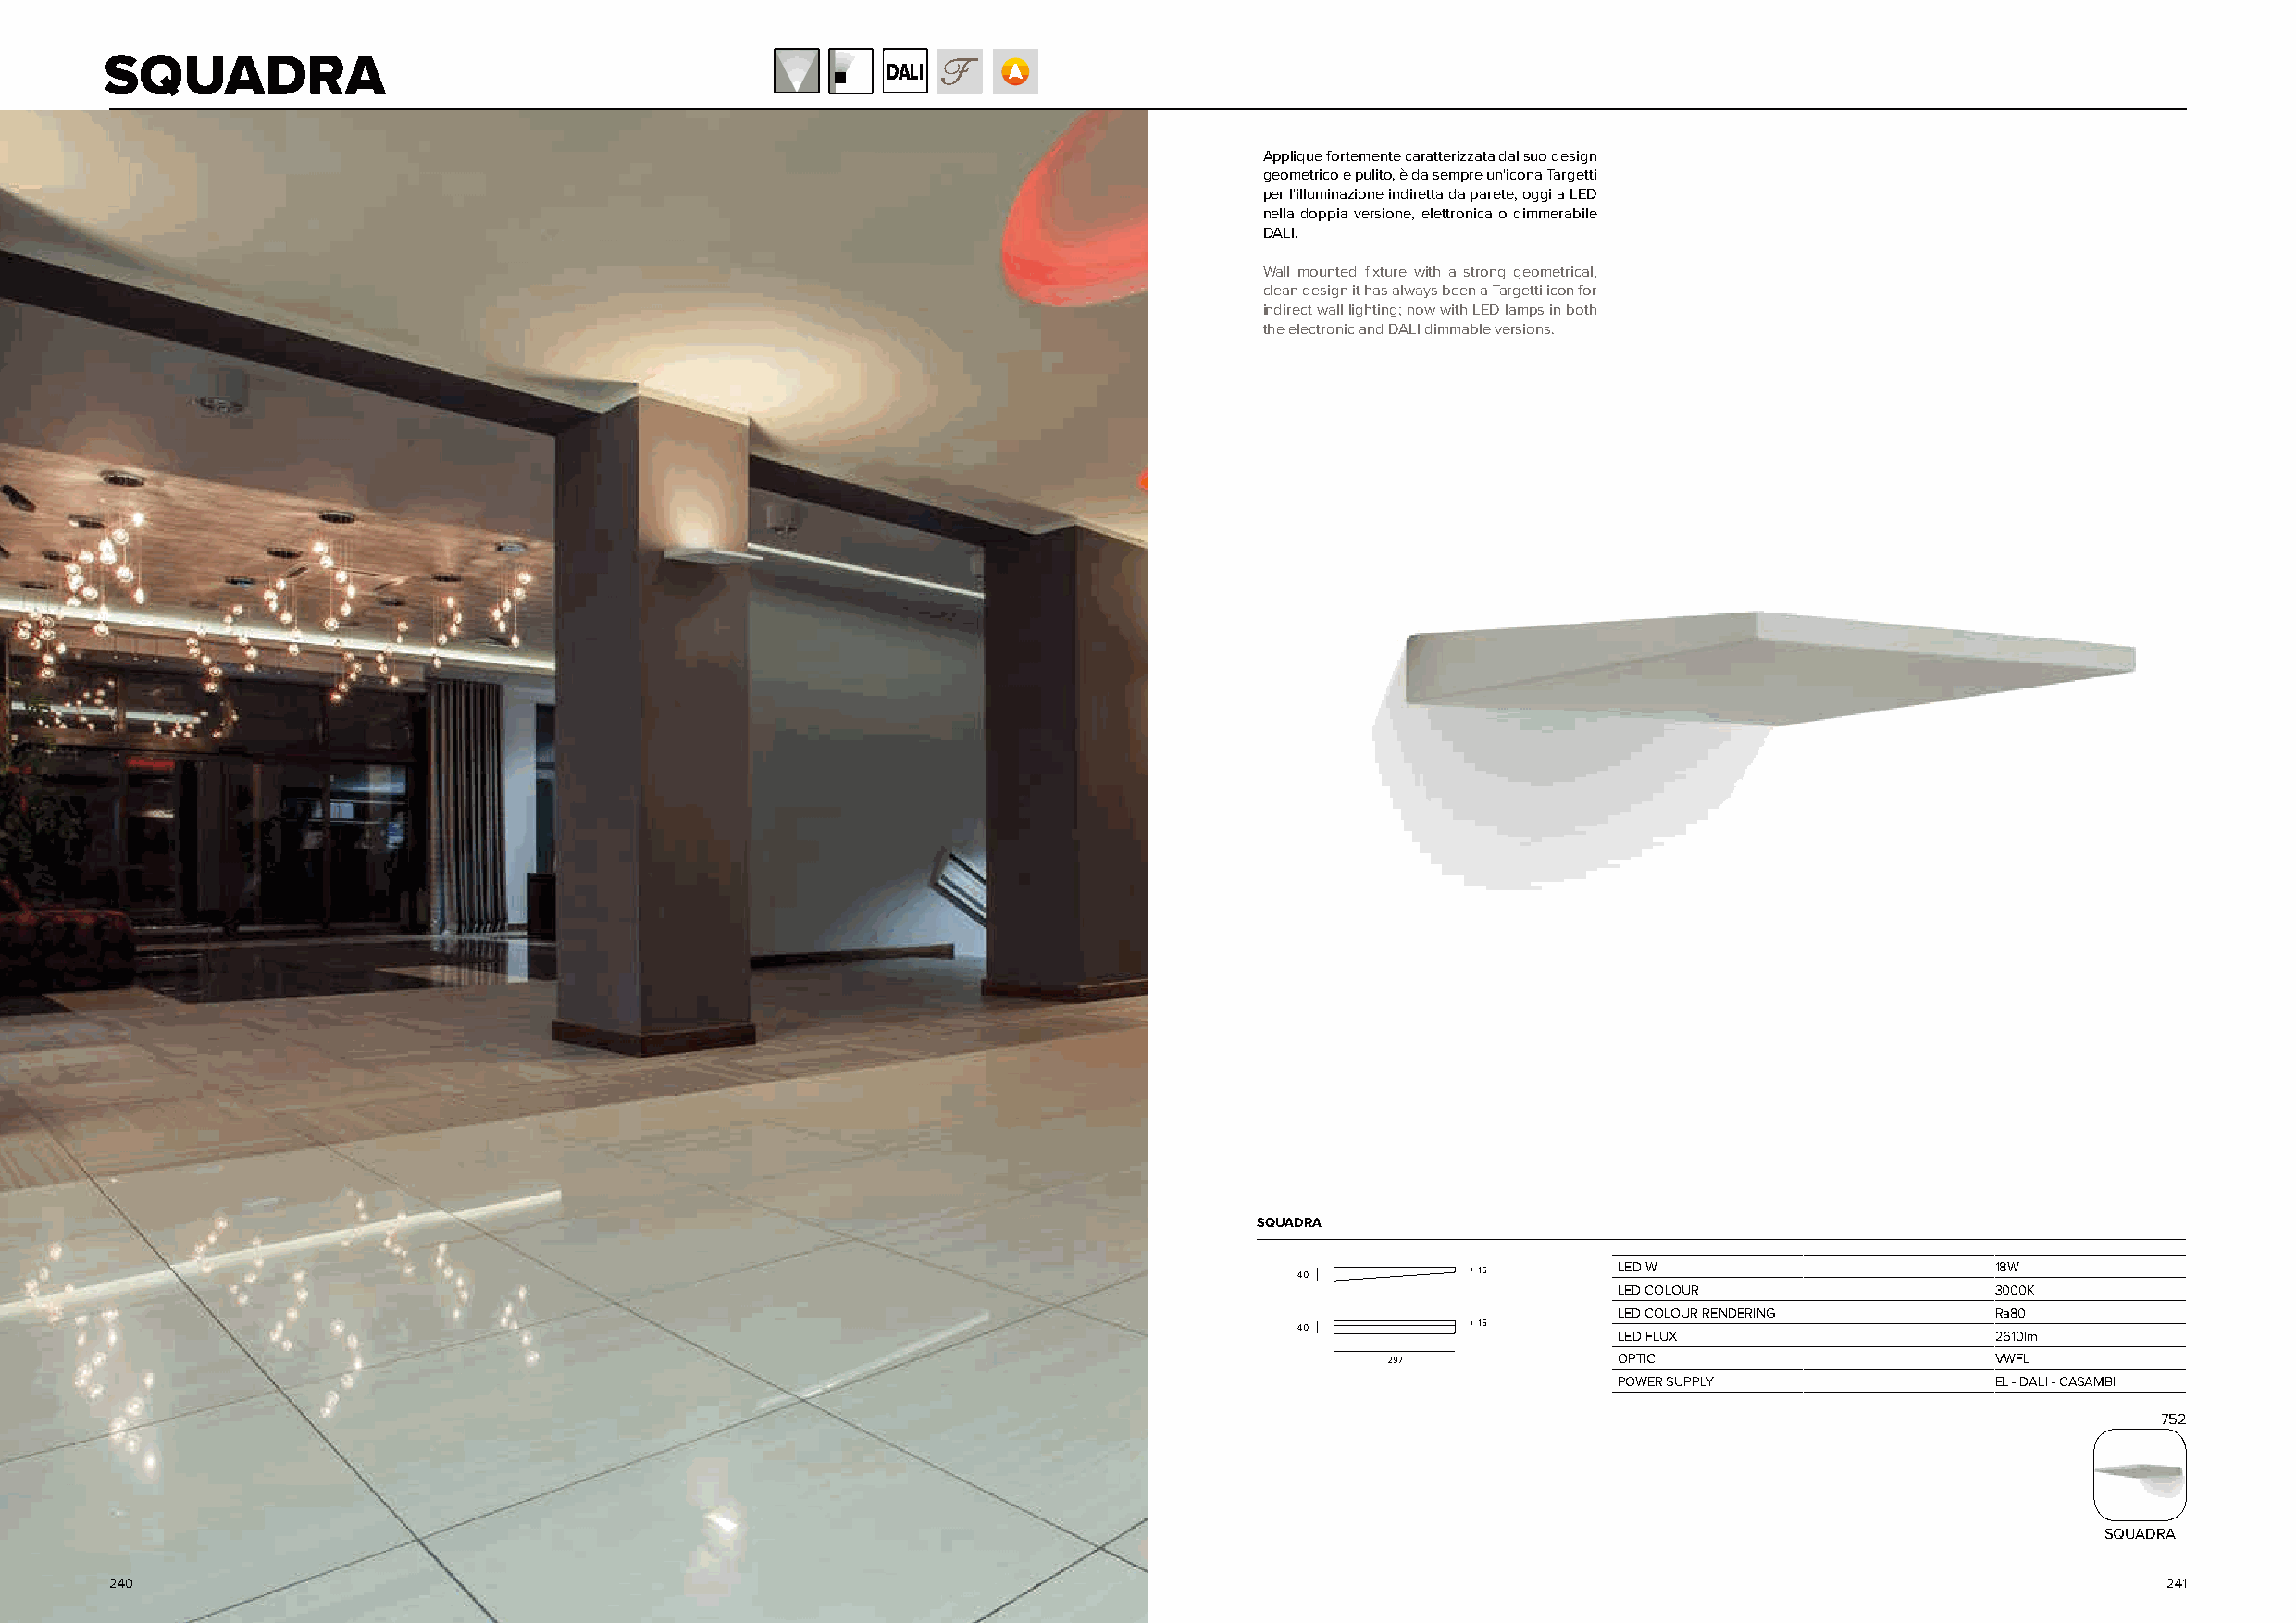
SQUADRA
 DALI
 Applique fortemente caratterizzata dal suo design
 geometrico e pulito, è da sempre un'icona Targetti
 per l'illuminazione indiretta da parete; oggi a LED
 nella doppia versione, elettronica o dimmerabile
 DALI.
 Wall mounted fixture with a strong geometrical,
 clean design it has always been a Targetti icon for
 indirect wall lighting; now with LED lamps in both
 the electronic and DALI dimmable versions.
 SQUADRA
 40           15        LED W                      18W
 LED COLOUR                 3000K
 LED COLOUR RENDERING       Ra80
 40           15
 LED FLUX                   2610lm
 297              OPTIC                      VWFL
 POWER SUPPLY               EL - DALI - CASAMBI
 752
 SQUADRA
 240                                                                                                                                                241